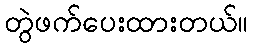
တွဲဖက်ပေးထားတယ်။